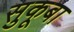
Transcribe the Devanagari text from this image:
सुकूबा